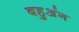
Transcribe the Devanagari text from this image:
बहुअंग